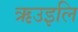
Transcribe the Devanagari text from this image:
ऋउइलि